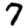
Digit: 7